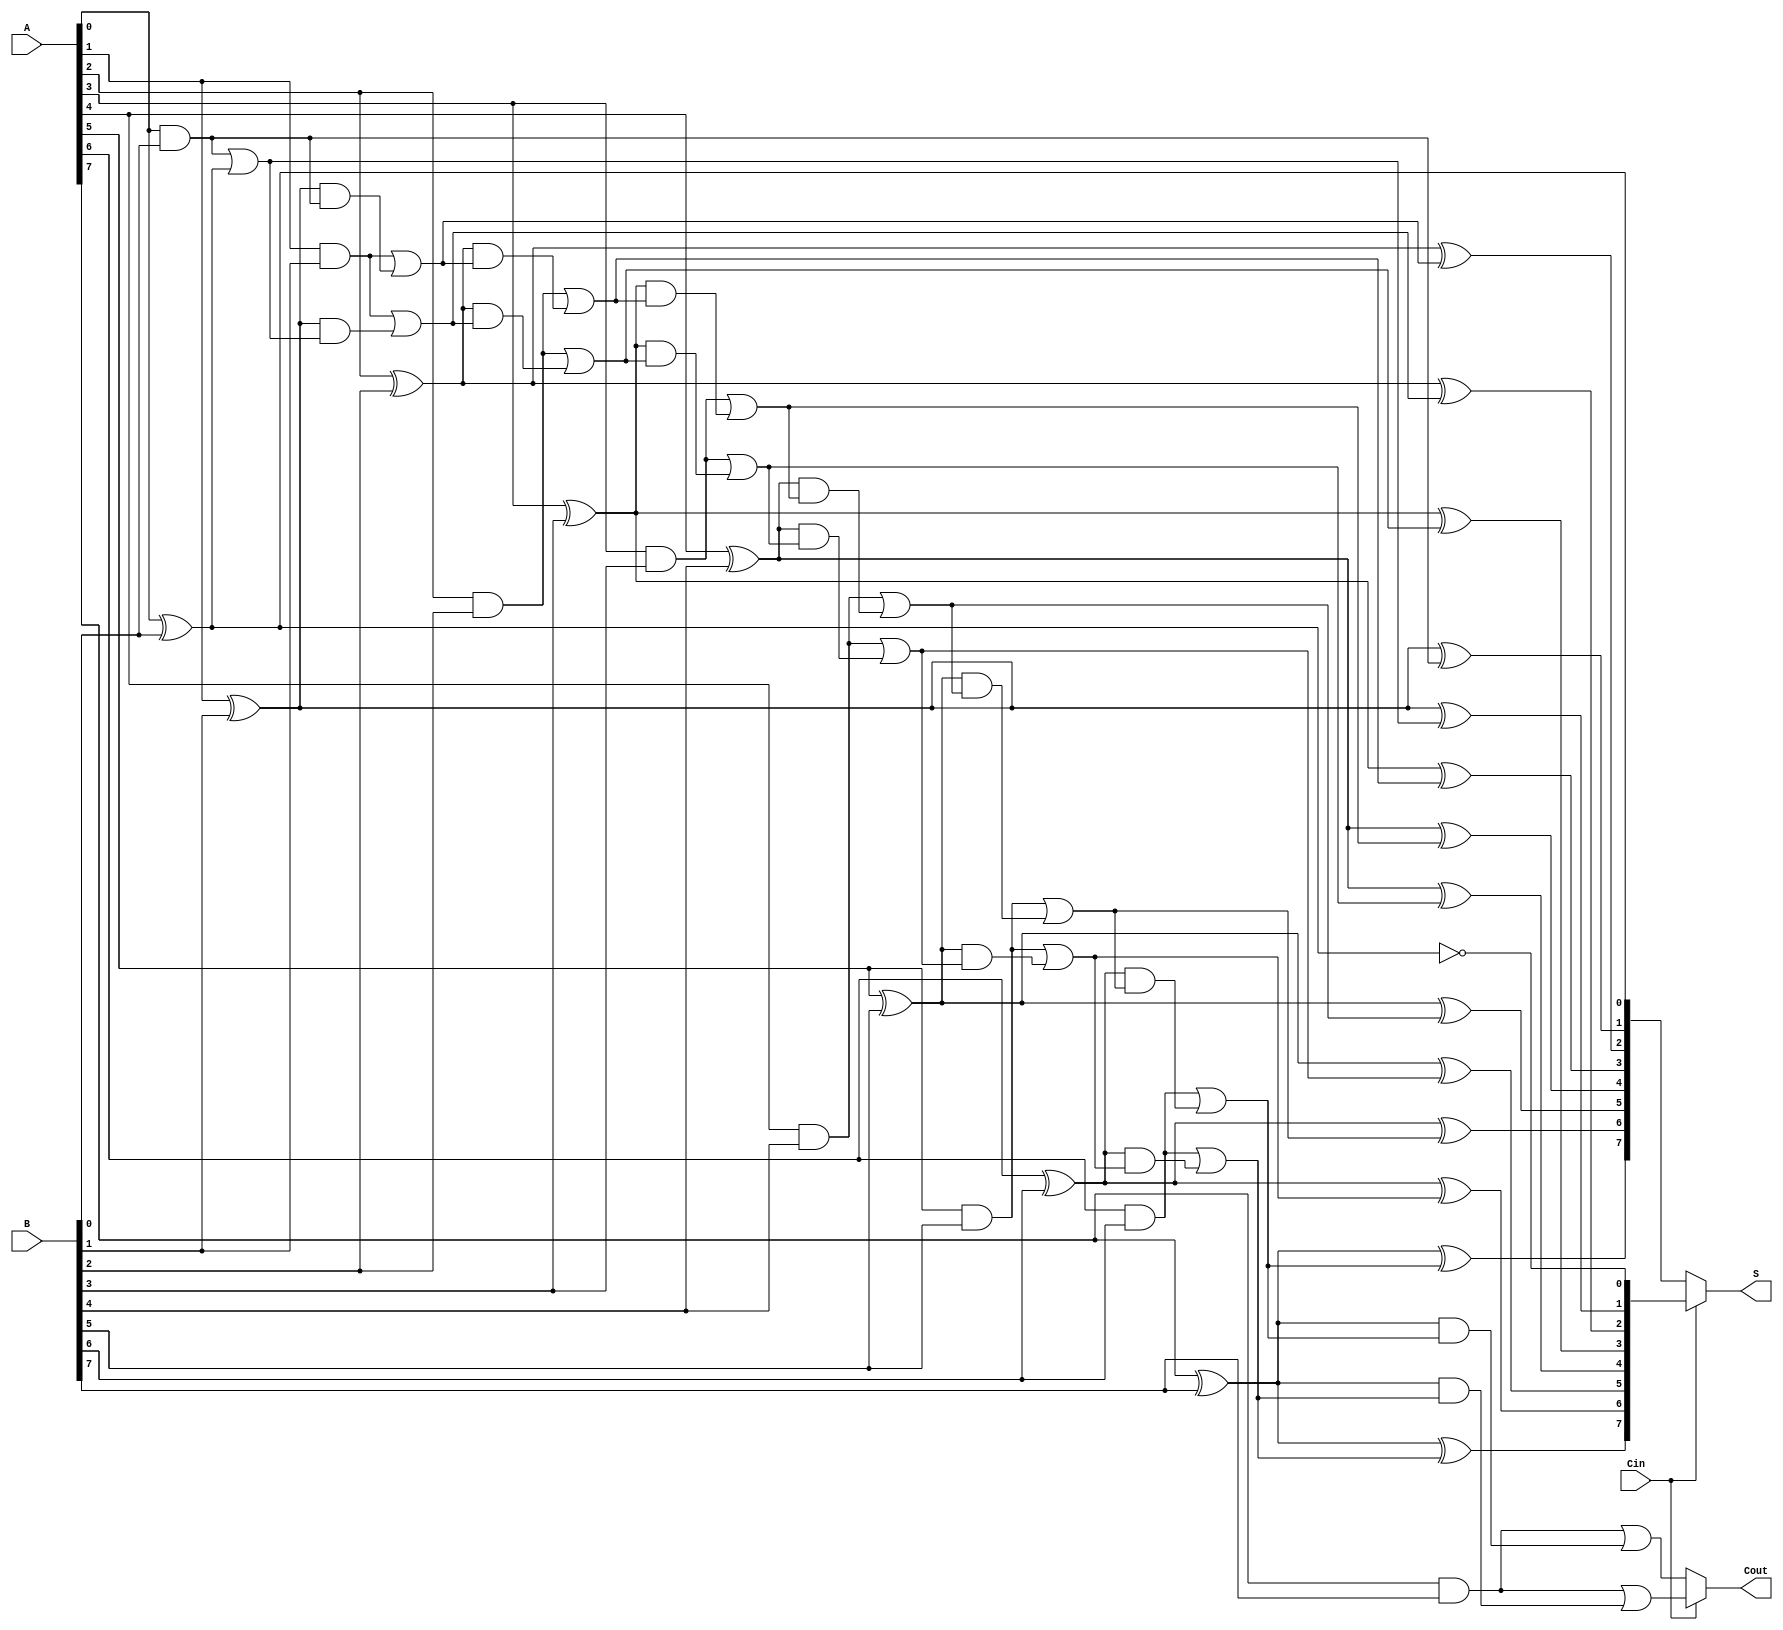
module DynamicCarrySelectAdder #(parameter N = 8) (
    input  wire [N-1:0] A,       // First n-bit input
    input  wire [N-1:0] B,       // Second n-bit input
    input  wire Cin,              // Carry-in
    output wire [N-1:0] S,        // n-bit sum output
    output wire Cout              // Carry-out output
);

    wire [N-1:0] S0, S1;          // Sum outputs for Cin = 0 and Cin = 1
    wire [N:0] C0, C1;            // Carry outputs for Cin = 0 and Cin = 1

    genvar i;
    generate
        // Generate sum and carry for each bit
        for (i = 0; i < N; i = i + 1) begin : CSA
            if (i == 0) begin
                // First bit, consider Cin
                assign S0[i] = A[i] ^ B[i] ^ 1'b0; // S for Cin = 0
                assign C0[i+1] = (A[i] & B[i]) | ((A[i] ^ B[i]) & 1'b0); // Carry-out for Cin = 0

                assign S1[i] = A[i] ^ B[i] ^ 1'b1; // S for Cin = 1
                assign C1[i+1] = (A[i] & B[i]) | ((A[i] ^ B[i]) & 1'b1); // Carry-out for Cin = 1
            end else begin
                // Subsequent bits, consider previous carry
                assign S0[i] = A[i] ^ B[i] ^ C0[i]; // S for Cin = 0
                assign C0[i+1] = (A[i] & B[i]) | ((A[i] ^ B[i]) & C0[i]); // Carry-out for Cin = 0

                assign S1[i] = A[i] ^ B[i] ^ C1[i]; // S for Cin = 1
                assign C1[i+1] = (A[i] & B[i]) | ((A[i] ^ B[i]) & C1[i]); // Carry-out for Cin = 1
            end
        end
    endgenerate

    // Carry select logic
    assign S = (Cin == 1'b0) ? S0 : S1; // Select the appropriate sum
    assign Cout = (Cin == 1'b0) ? C0[N] : C1[N]; // Select the appropriate carry-out

endmodule